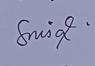
Signature authenticity: genuine